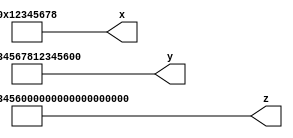
// Generator : SpinalHDL v1.4.3    git head : adf552d8f500e7419fff395b7049228e4bc5de26
// Component : unnamed
// Git hash  : adf552d8f500e7419fff395b7049228e4bc5de26



module unnamed (
  output     [30:0]   x,
  output     [62:0]   y,
  output     [127:0]  z
);

  assign x = 31'h12345678;
  assign y = 63'h1234567812345678;
  assign z = 128'h12345678123456781234567812345678;

endmodule